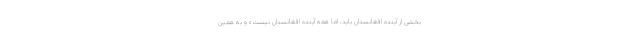
بخشی از آینده افغانستان باید، اما همه آینده افغانستان نیست» و به همین